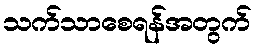
သက်သာစေရန်အတွက်